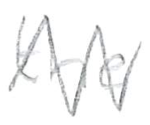
Text: the
Cross-out: zig-zag
Writing tool: pencil